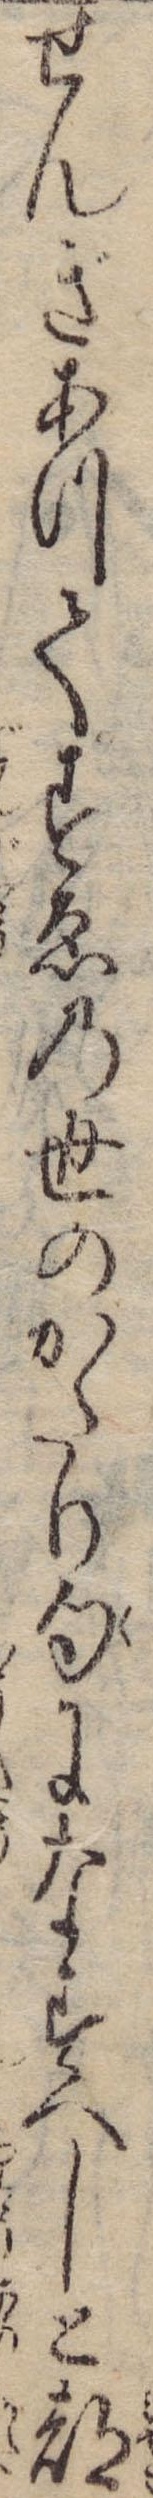
せんぎあつてすゑの世のかたり句になすへしと都